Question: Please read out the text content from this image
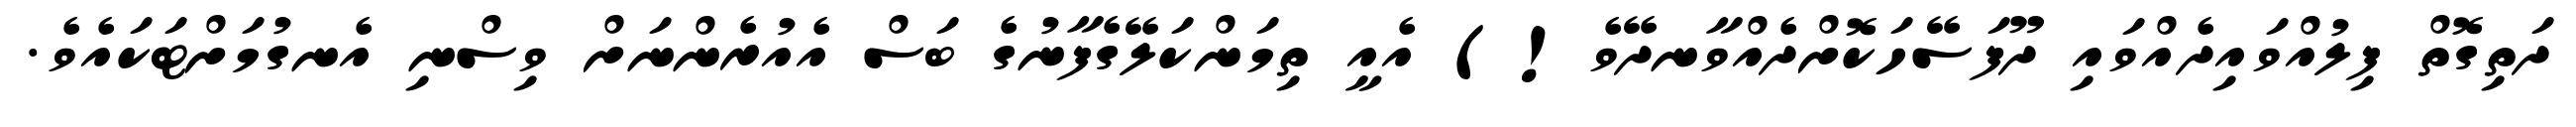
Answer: ދަތިގޮތް ފިލުއްވައިދެއްވައި ދޫފަސޭހަކޮށްދެއްވާނދޭވެ!) އެއީ ތިމަންކަލޭގެފާނުގެ ބަސް އެއުރެންނަށް ވިސްނި އެނގުމަށްޓަކައެވެ.